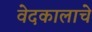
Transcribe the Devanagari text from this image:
वेदकालाचे